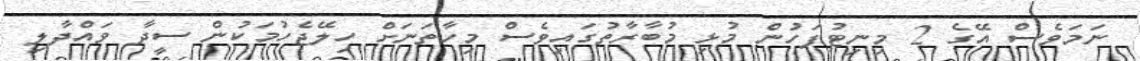
ނަމަވެސް އޭގެ 2 މިނިޓުފަހުން މުޅި މުބާރާތުގައިވެސް މިހާތަނަށް ހިލޭޖެހުމަކުން ސީދާ ވައްދާލި